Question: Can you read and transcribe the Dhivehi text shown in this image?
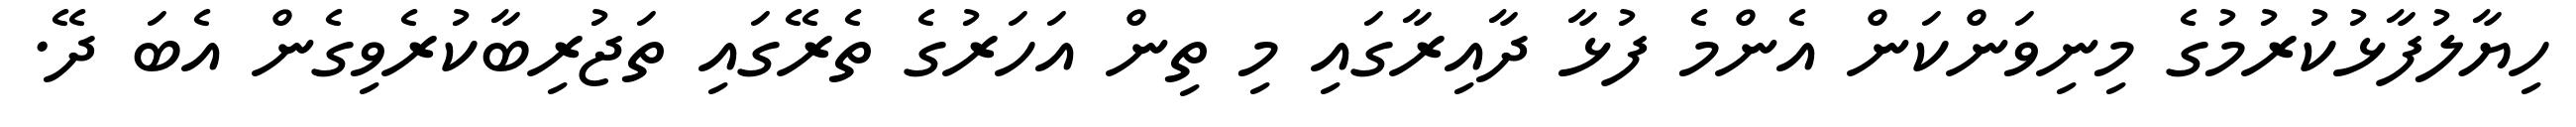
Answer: ހިޔާލުފާޅުކުރުމުގެ މިނިވަންކަން އެންމެ ފުޅާ ދާއިރާގައި މި ތިން އަހަރުގެ ތެރޭގައި ތަޖުރިބާކުރެވިގެން އެބަ ދޭ.